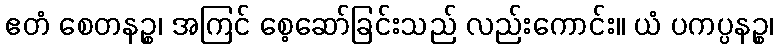
ဧတံ စေတနဉ္စ၊ အကြင် စေ့ဆော်ခြင်းသည် လည်းကောင်း။ ယံ ပကပ္ပနဉ္စ၊